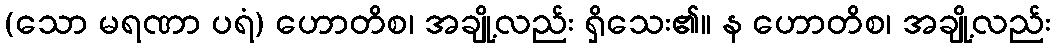
(သော မရဏာ ပရံ) ဟောတိစ၊ အချို့လည်း ရှိသေး၏။ န ဟောတိစ၊ အချို့လည်း